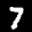
Label: 7